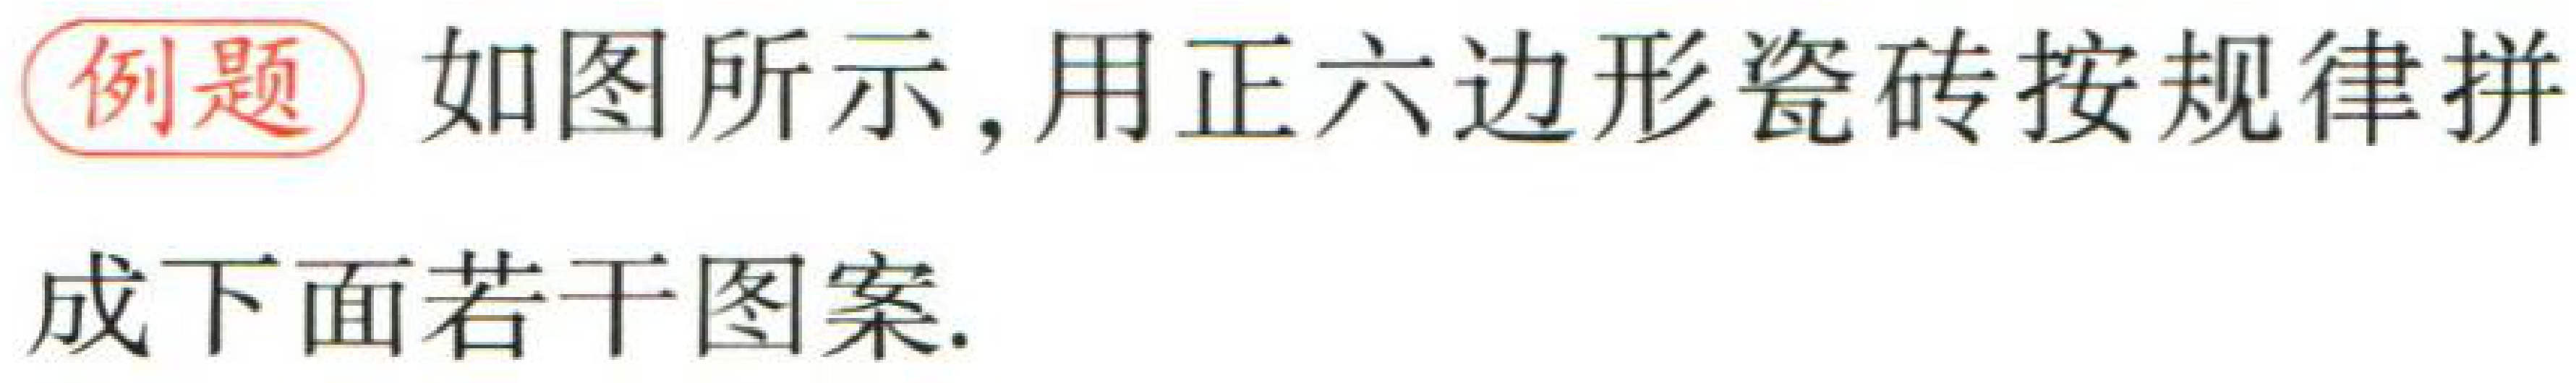
例题 如图所示，用正六边形瓷砖按规律拼成下面若干图案.